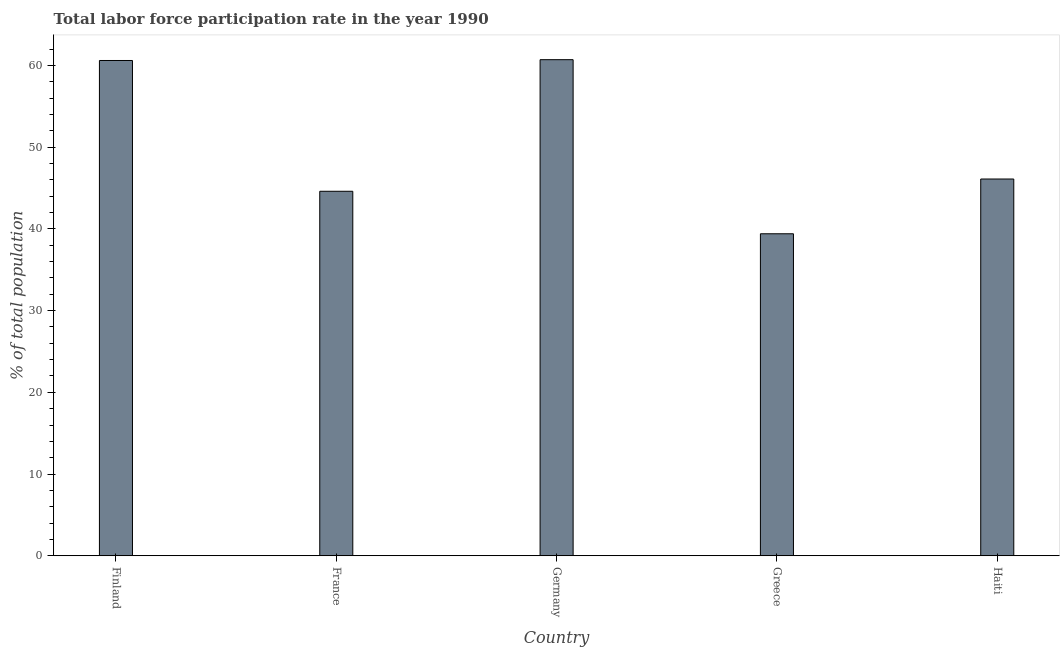
| Country | Labor force participation rate for ages 15-24 total |
 | --- | --- |
 | Finland | 60.6 |
 | France | 44.6 |
 | Germany | 60.7 |
 | Greece | 39.4 |
 | Haiti | 46.1 |